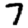
Digit: 7